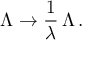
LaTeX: \Lambda \to \frac { 1 } { \lambda } \, \Lambda \, .